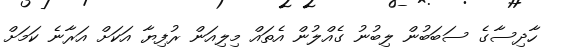
ހާދިސާގެ ސަބަބުން ލިބުނު ގެއްލުން އެތައް މިލިއަން ރުފިޔާ އަކަށް އަރާނެ ކަމަށް